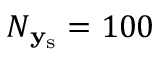
N _ { \mathbf { y } _ { \mathrm { s } } } = 1 0 0